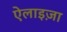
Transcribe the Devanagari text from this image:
ऐलाइज़ा